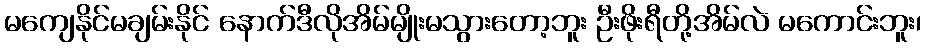
မကျေနိုင်မချမ်းနိုင် နောက်ဒီလိုအိမ်မျိုးမသွားတော့ဘူး ဦးဖိုးရီတို့အိမ်လဲ မကောင်းဘူး၊